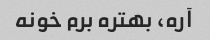
آره، بهتره برم خونه